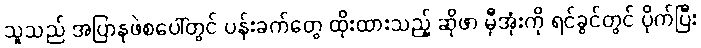
သူသည် အပြာနုဖဲစပေါ်တွင် ပန်းခက်တွေ ထိုးထားသည့် ဆိုဖာ မှီအုံးကို ရင်ခွင်တွင် ပိုက်ပြီး